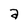
Character: a